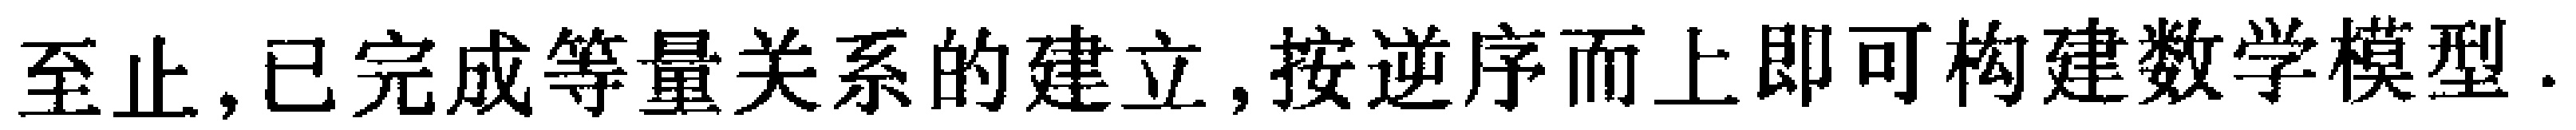
至止, 已完成等量关系的建立, 按逆序而上即可构建数学模型.